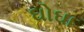
ઘોઘા